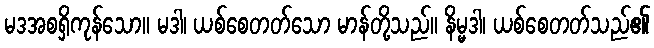
မဒအစရှိကုန်သော။ မဒါ၊ ယစ်စေတတ်သော မာန်တို့သည်။ နိမ္မဒါ၊ ယစ်စေတတ်သည်၏